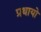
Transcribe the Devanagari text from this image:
प्रथायो